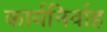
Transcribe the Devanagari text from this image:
कार्यनिर्वाह